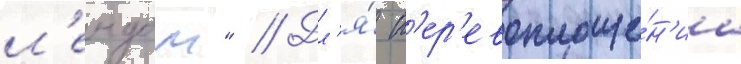
л'ендом" // Дл'я́ п'ер'евоплоще́н'иа